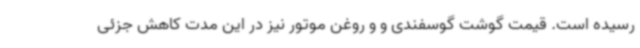
رسیده است. قیمت گوشت گوسفندی و و روغن موتور نیز در این مدت کاهش جزئی